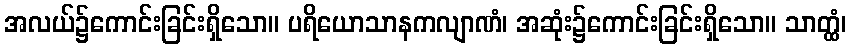
အလယ်၌ကောင်းခြင်းရှိသော။ ပရိယောသာနကလျာဏံ၊ အဆုံး၌ကောင်းခြင်းရှိသော။ သာတ္ထံ၊